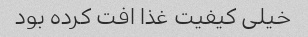
خیلی کیفیت غذا افت کرده بود